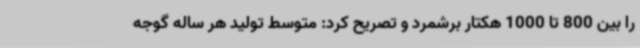
را بین 800 تا 1000 هکتار برشمرد و تصریح کرد: متوسط تولید هر ساله گوجه